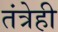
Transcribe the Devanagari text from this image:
तंत्रेही